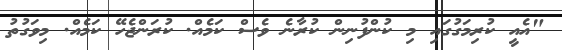
"އެއީ ކުރިމަގުގައި މި ކުންފުނިން ކުރާނެ ވެސް ކަމެއް. ކުރަންޖެހޭ ކަމެއް. މިވަގުތު